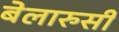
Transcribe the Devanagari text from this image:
बेलारुसी